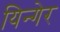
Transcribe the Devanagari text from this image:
यिन्गेर